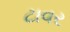
ટાવર